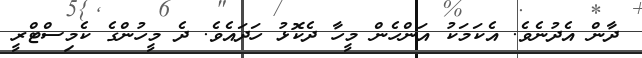
ދާން އެދުނެވެ. އެކަމަކު އަންހެން މީހާ ދެކޮޅު ހަދައެވެ. ދެ މީހުންގެ ކެމިސްޓްރީ